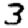
Digit: 3